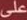
على